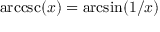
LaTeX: \operatorname { a r c c s c } ( x ) = \arcsin ( 1 / x )